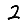
Digit: 2